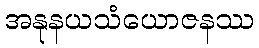
အနုနယသံယောဇနဿ